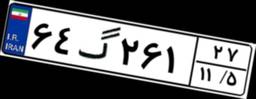
۶۴گ۲۶۱۲۷